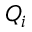
Q _ { i }